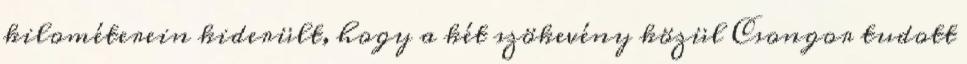
kilométerein kiderült, hogy a két szökevény közül Csongor tudott